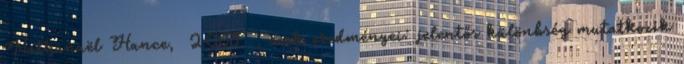
Nathanaël Hance, 2005 , ezek eredményei: jelentős különbség mutatkozik